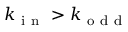
k _ { \mathrm { ~ i ~ n ~ } } > k _ { \mathrm { ~ o ~ d ~ d ~ } }